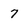
Character: 7